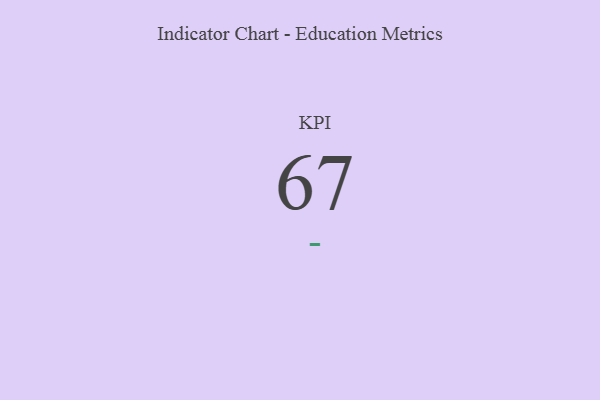
{"axis": {"x": "KPI", "y": "Value"}, "legend": [""], "data": [{"x": "KPI", "y": 67, "type": ""}]}